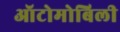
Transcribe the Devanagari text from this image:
ऑटोमोबिली